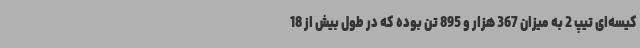
کیسه‌ای تیپ 2 به میزان 367 هزار و 895 تن بوده که در طول بیش از 18